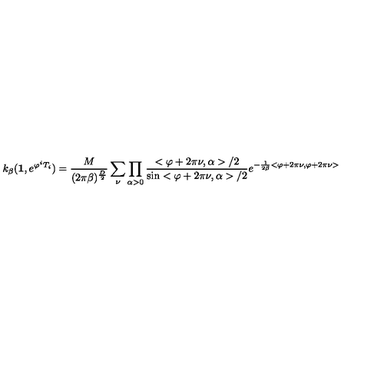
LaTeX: k _ { \beta } ( \mathrm { \bf 1 } , e ^ { \varphi ^ { i } T _ { i } } ) = \frac { M } { ( 2 \pi \beta ) ^ { \frac { D } { 2 } } } \sum _ { \nu } \prod _ { \alpha > 0 } \frac { < \varphi + 2 \pi \nu , \alpha > / 2 } { \sin < \varphi + 2 \pi \nu , \alpha > / 2 } e ^ { - \frac { 1 } { 2 \beta } < \varphi + 2 \pi \nu , \varphi + 2 \pi \nu > }